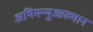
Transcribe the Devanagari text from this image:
अभिमन्युआख्यान